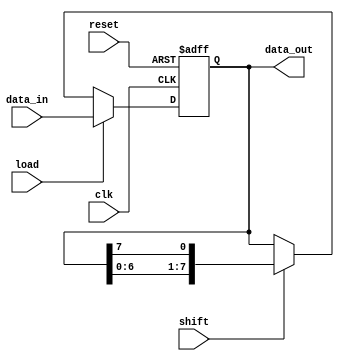
module register(
  input wire clk,  // clock input
  input wire reset,  // reset signal
  input wire load,  // load data signal
  input wire shift,  // shift data signal
  input wire [7:0] data_in,  // input data
  output reg [7:0] data_out  // output data
);

  reg [7:0] register_data;

  always @(posedge clk or posedge reset) begin
    if (reset) begin
      register_data <= 8'b0;  // reset the register data
    end else if (load) begin
      register_data <= data_in;  // load new data into the register
    end else if (shift) begin
      register_data <= {register_data[6:0], register_data[7]};  // shift the data in the register
    end
  end

  assign data_out = register_data;  // assign the output data from the register
  
endmodule